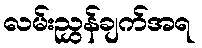
လမ်းညွှန်ချက်အရ